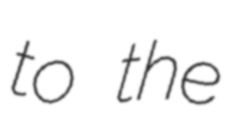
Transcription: to the